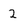
Character: 2